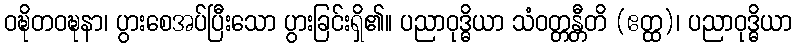
ဝဍ္ဎိတဝဍ္ဎနာ၊ ပွားစေအပ်ပြီးသော ပွားခြင်းရှိ၏။ ပညာဝုဒ္ဓိယာ သံဝတ္တန္တီတိ (ဧတ္ထ)၊ ပညာဝုဒ္ဓိယာ